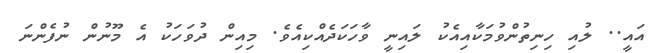
އައީ.. ލުއި ހިނިތުންވުމަކާއިއެކު ލައިނީ ވާހަކަދެއްކިއެވެ. މިއިން ދުވަހަކު އެ މޫނުން ނުފެންނަ